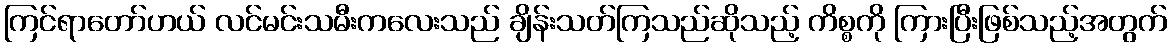
ကြင်ရာတော်ဟယ် လင်မင်းသမီးကလေးသည် ချိန်းသတ်ကြသည်ဆိုသည့် ကိစ္စကို ကြားပြီးဖြစ်သည့်အတွက်